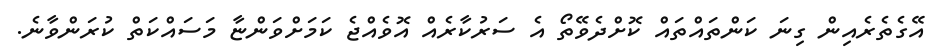
އޭގެތެރެއިން ގިނަ ކަންތައްތައް ކޮށްދެވޭތޯ އެ ސަރުކާރެއް އޮވެއްޖެ ކަމަށްވަންޏާ މަސައްކަތް ކުރަންވާނެ.